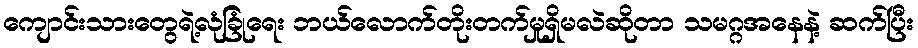
ကျောင်းသားတွေရဲ့လုံခြုံရေး ဘယ်လောက်တိုးတက်မှုရှိမလဲဆိုတာ သမဂ္ဂအနေနဲ့ ဆက်ပြီး